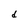
Character: d